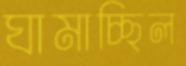
ঘামাচ্ছিল